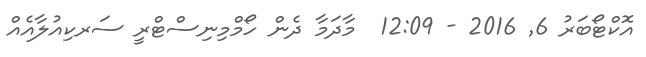
އޮކްޓޯބަރު 6